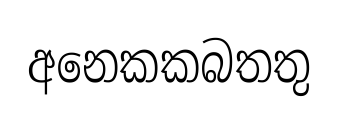
අනෙකකබතතු